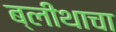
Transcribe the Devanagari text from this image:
ब्लीथाचा